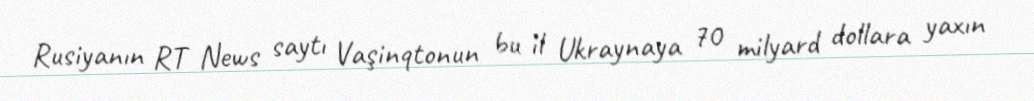
Rusiyanın RT News saytı Vaşinqtonun bu il Ukraynaya 70 milyard dollara yaxın